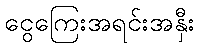
ငွေကြေးအရင်းအနှီး